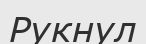
Рукнул